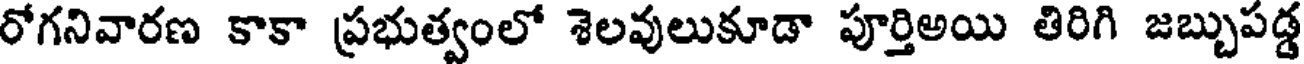
రోగనివారణ కాకా ప్రభుత్వంలో శెలవులుకూడా పూర్తిఅయి తిరిగి జబ్బుపడ్డ